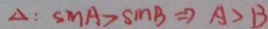
\Delta : S M A > S M B \Rightarrow A > B